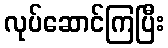
လုပ်ဆောင်ကြပြီး